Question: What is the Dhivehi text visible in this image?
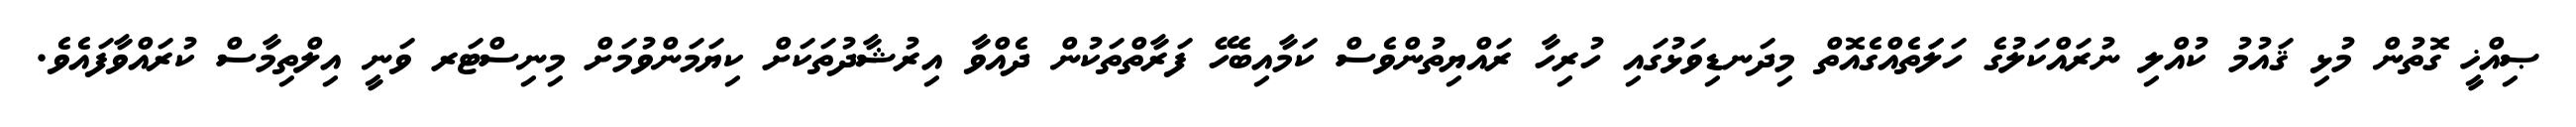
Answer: ޞިއްޚީ ގޮތުން މުޅި ޤައުމު ކުއްލި ނުރައްކަލުގެ ހަލަަތެއްގެއޮތް މިދަނޑިވަޅުގައި ހުރިހާ ރައްޔިތުންވެސް ކަމާއިބެހޭ ފަރާތްތަކުން ދެއްވާ އިރުޝާދުތަކަށް ކިޔަމަންވުމަށް މިނިސްޓަރ ވަނީ އިލްތިމާސް ކުރައްވާފައެވެ.